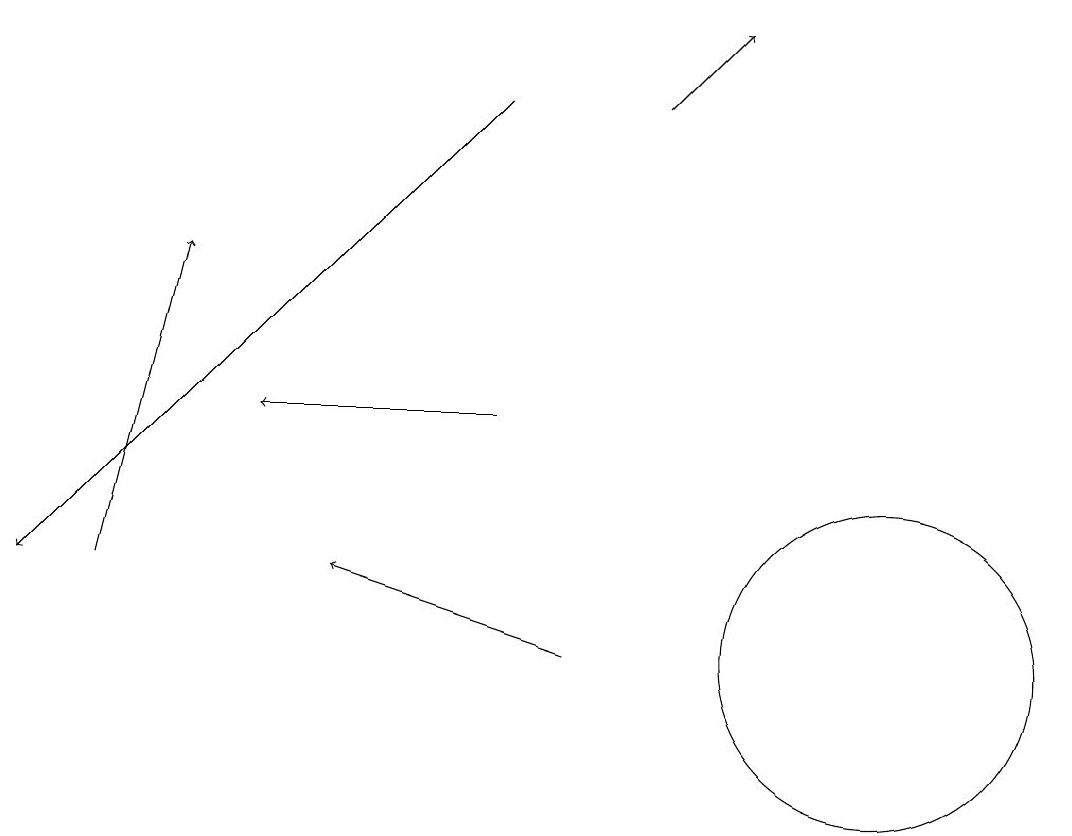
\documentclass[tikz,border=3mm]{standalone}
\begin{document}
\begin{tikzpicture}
\draw[->] (8,18) -- (9,19);
\draw[->] (6,18) -- (0,12);
\draw[->] (7,11) -- (4,12);
\draw[->] (1,12) -- (2,16);
\draw (11,11) circle (2);
\draw[->] (6,14) -- (3,14);
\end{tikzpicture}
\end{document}